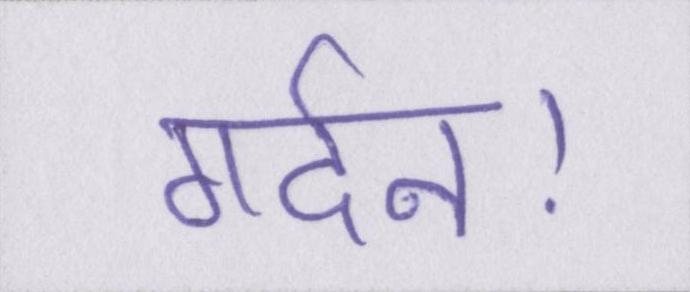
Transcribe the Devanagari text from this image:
गर्दन।